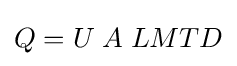
Q=U\;A\;LMTD